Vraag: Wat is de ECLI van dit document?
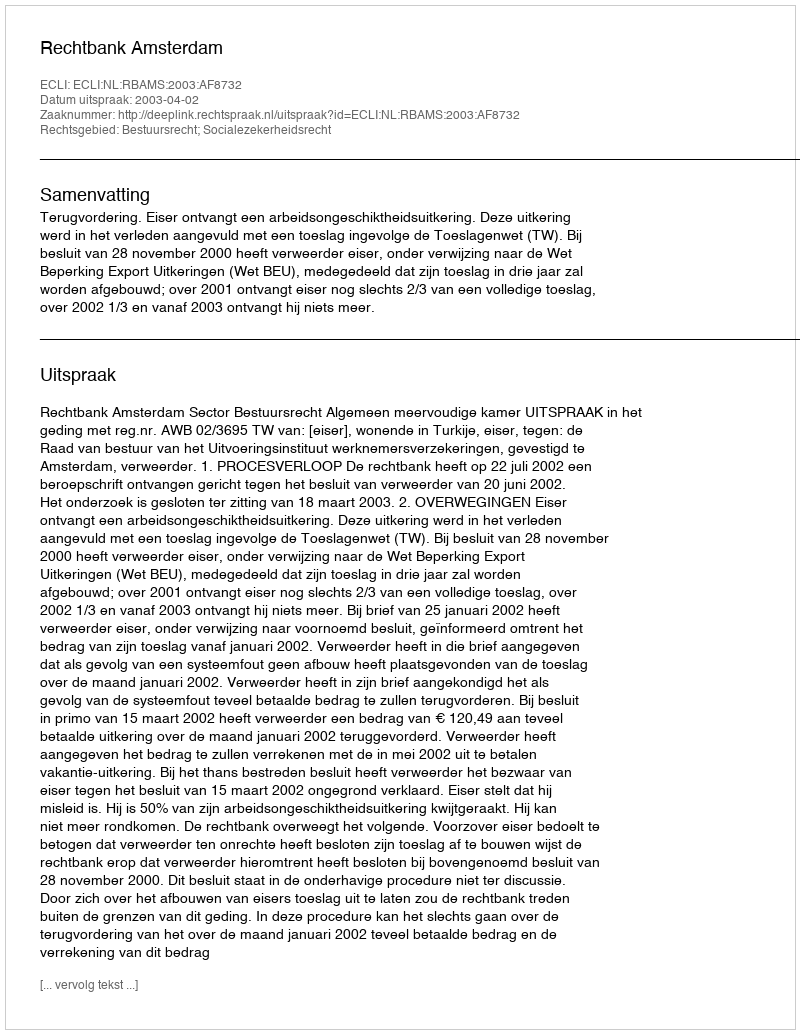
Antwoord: ECLI:NL:RBAMS:2003:AF8732